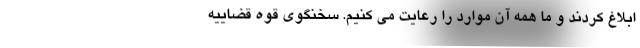
ابلاغ کردند و ما همه آن موارد را رعایت می کنیم. سخنگوی قوه قضاییه